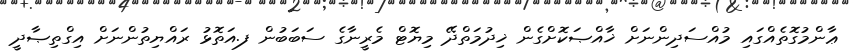
ޢާންމުގޮތެއްގައި މުއްސަދިންނަށް ޚާއްޞަކޮށްގެން ޚިދުމަތްދޭ މިޔޮޓް މެރީނާގެ ސަބަބުން ފ.އަތޮޅު ރައްޔިތުންނަށް އިގްތިޞާދީ